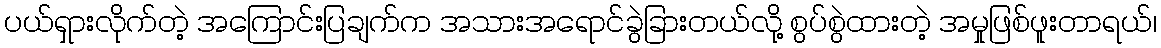
ပယ်ရှားလိုက်တဲ့ အကြောင်းပြချက်က အသားအရောင်ခွဲခြားတယ်လို့ စွပ်စွဲထားတဲ့ အမှုဖြစ်ဖူးတာရယ်၊